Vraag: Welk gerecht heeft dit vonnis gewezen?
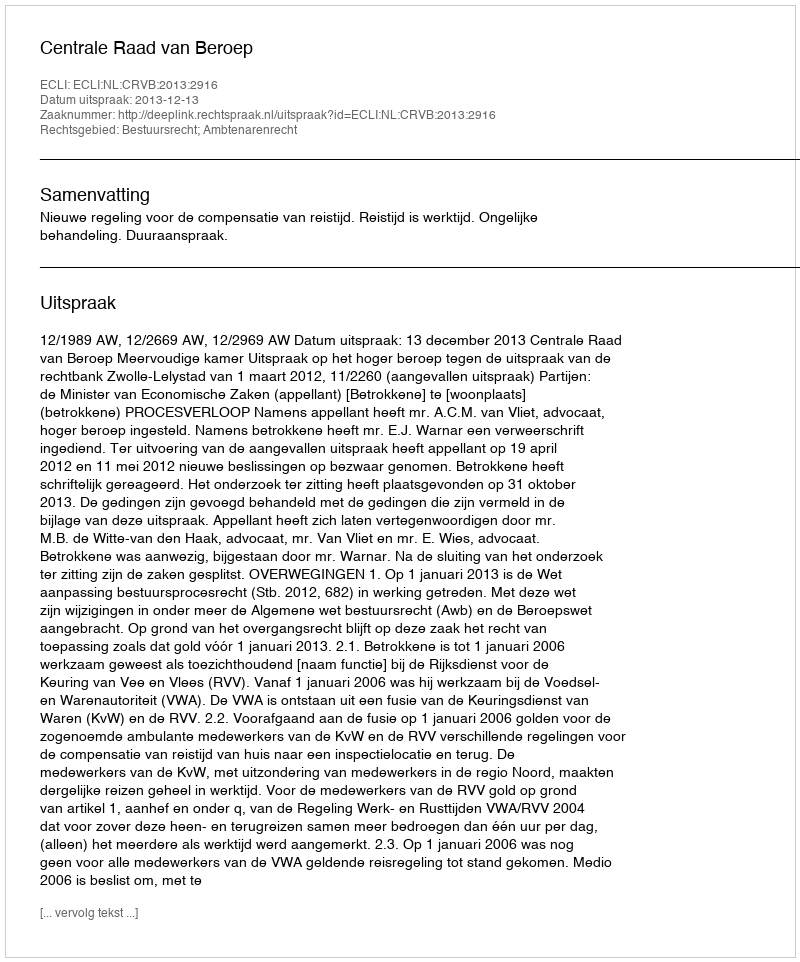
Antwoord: Centrale Raad van Beroep